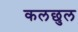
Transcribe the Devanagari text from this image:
कलछुल